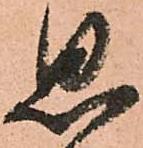
思